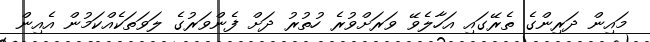
މައިން ދަރިންގެ ތެރޭގައި އަހާލެވޭ ވަރަށްވުރެ ހުތުރު ދަށް ފެންވަރުގެ ލަވަތަކެއްކަމުން އެއިން